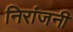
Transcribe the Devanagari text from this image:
निरांजनी